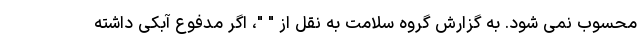
محسوب نمی شود. به گزارش گروه سلامت به نقل از " "، اگر مدفوع آبکی داشته